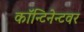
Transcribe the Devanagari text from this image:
कॉन्टिनेन्टवर